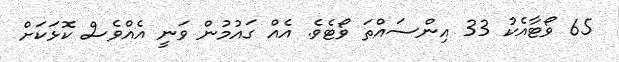
65 ވޯޓާއެކު 33 އިންސައްތަ ވޯޓެވެ. އެއް ގައުމުން ވަނީ އެއްވެސް ކޮޅަކަށް